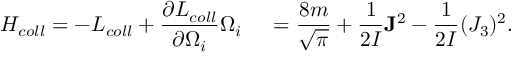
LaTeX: H _ { c o l l } = - L _ { c o l l } + \frac { \partial L _ { c o l l } } { \partial \Omega _ { i } } \Omega _ { i } \, \quad = \frac { 8 m } { \sqrt { \pi } } + \frac { 1 } { 2 { \cal I } } { \bf J } ^ { 2 } - \frac { 1 } { 2 { \cal I } } ( J _ { 3 } ) ^ { 2 } .